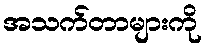
အသက်တာများကို